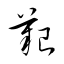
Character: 艱